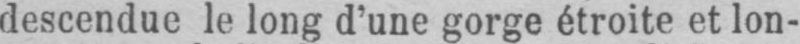
descendue le long d’une gorge étroite et lon-